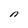
Character: n